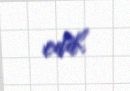
edib.